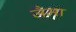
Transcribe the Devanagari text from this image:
जैमा